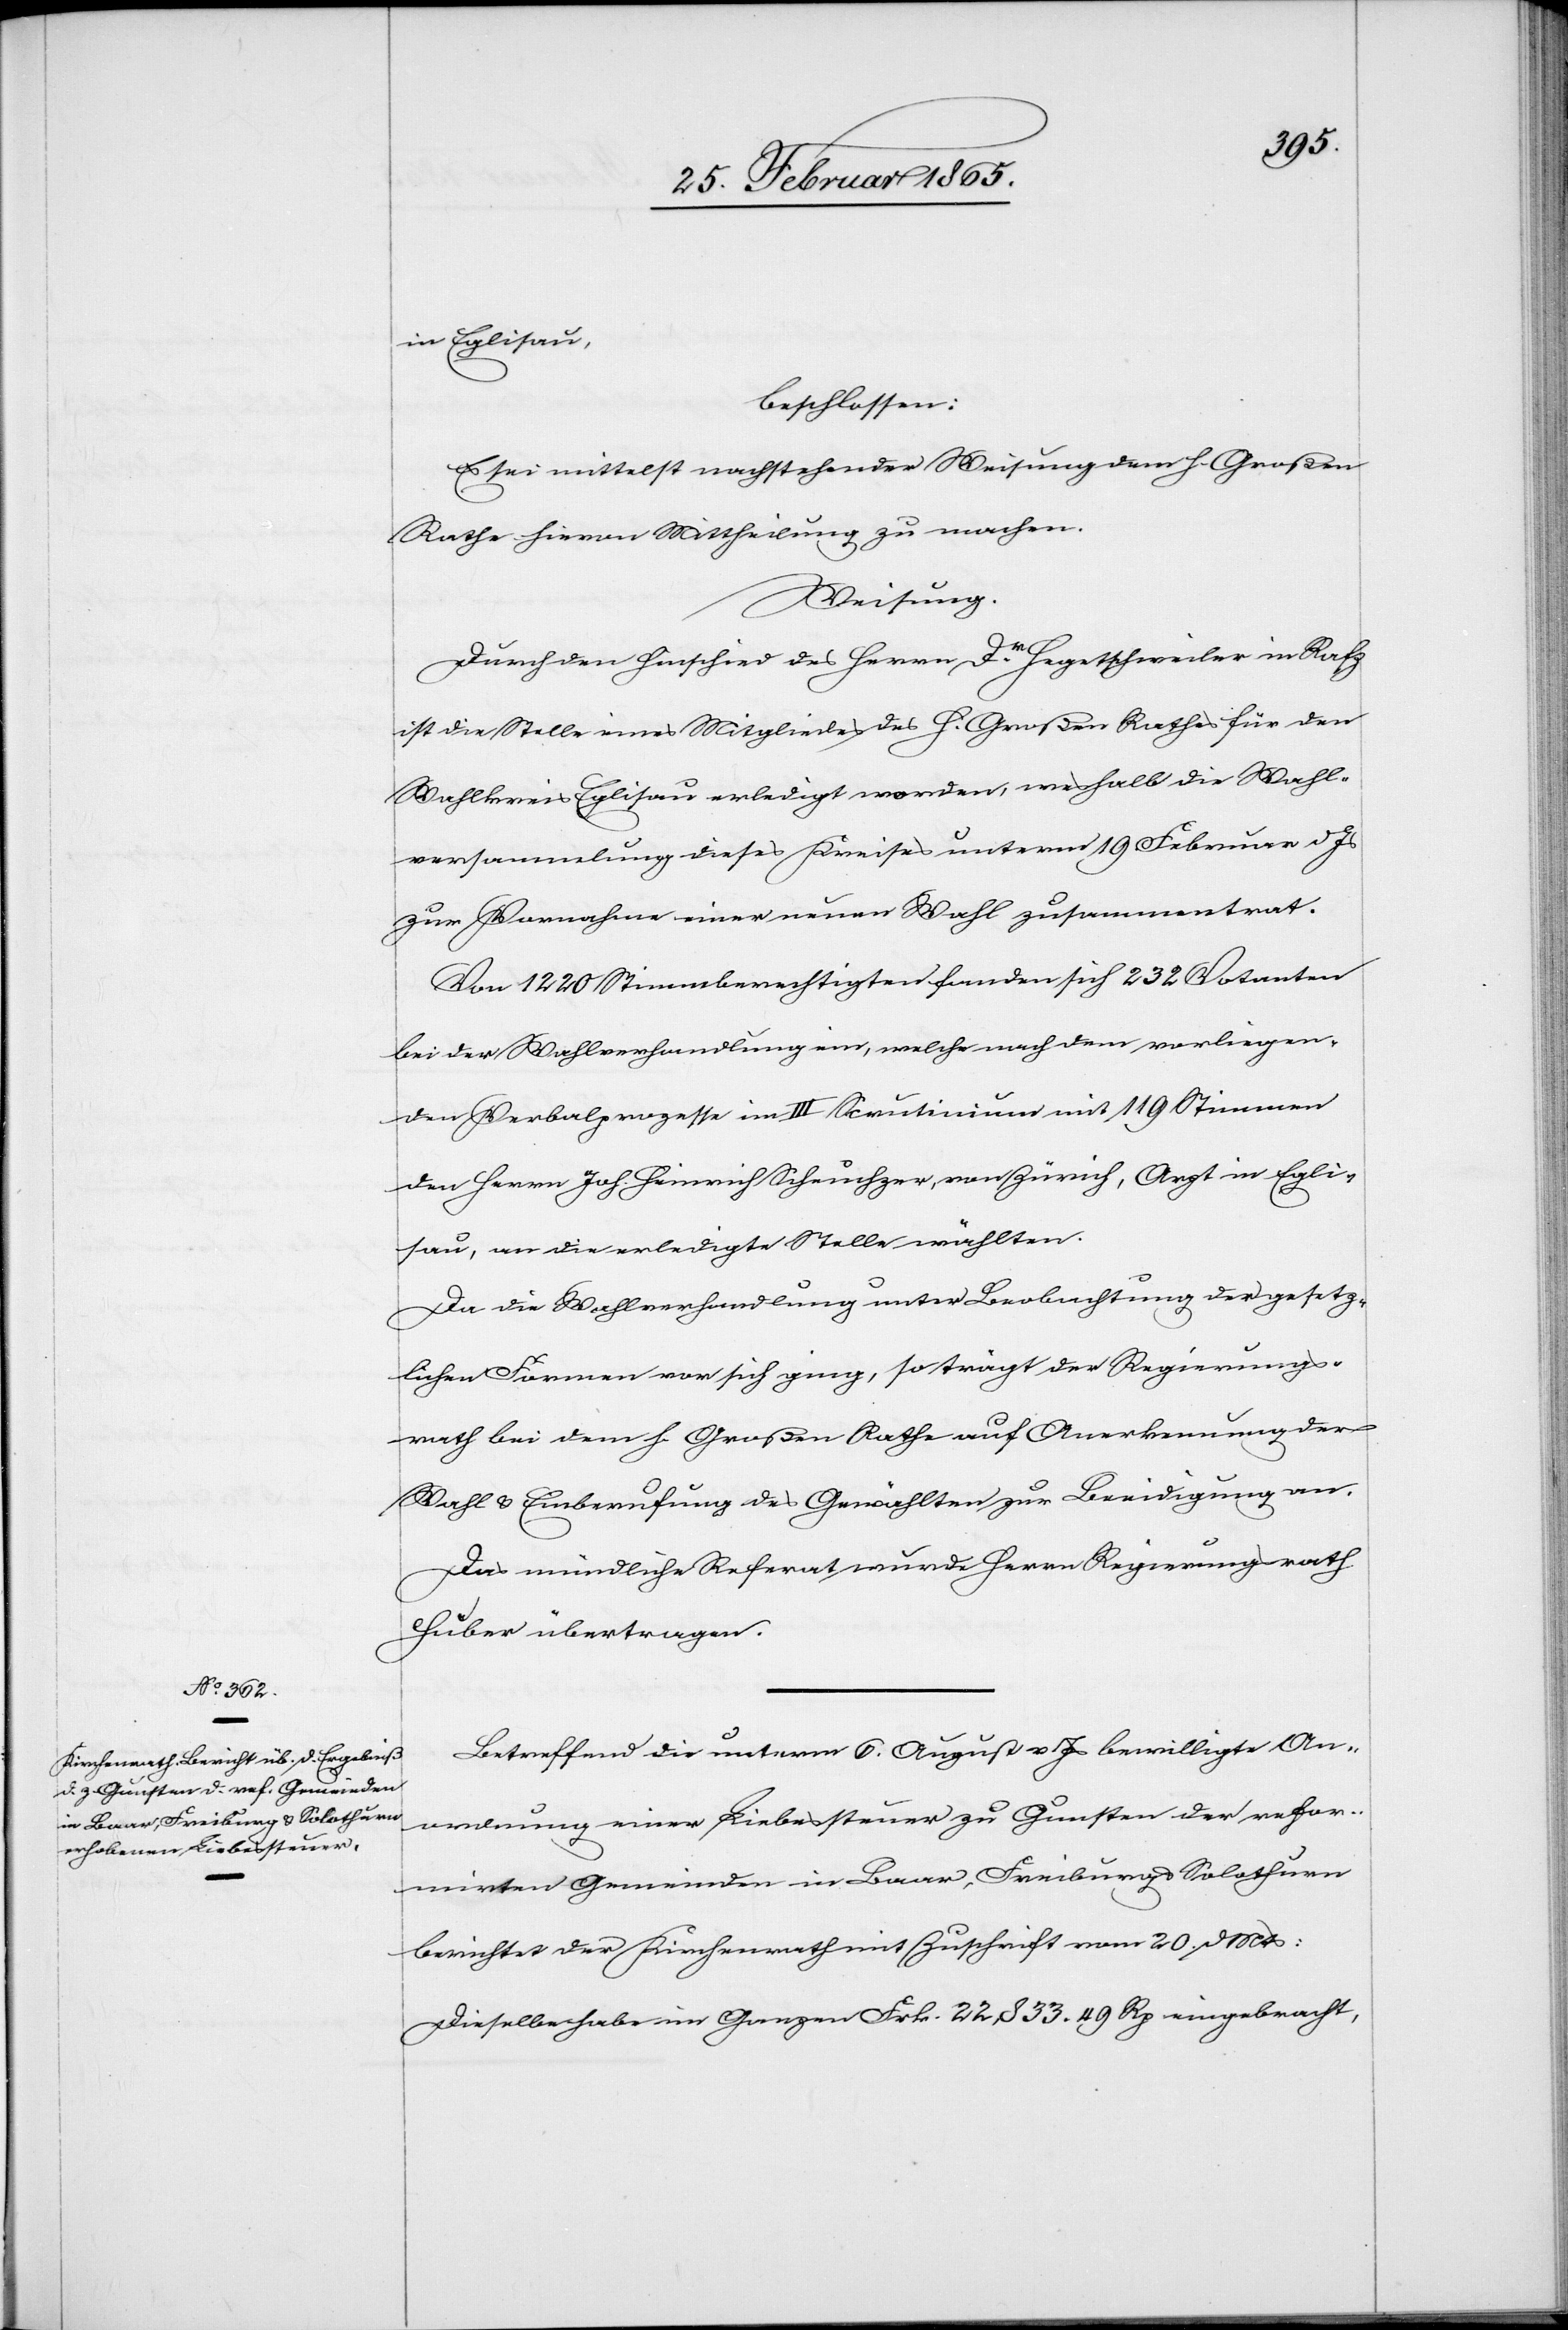
in Eglisau,
beschlossen:
Es sei mittelst nachstehender Weisung dem h. Großen
Rathe hievon Mittheilung zu machen.
Weisung.
Durch den Hinschied des Herrn Dr Hegetschweiler in Rafz
ist die Stelle eines Mitgliedes des h. Großen Rathes für den
Wahlkreis Eglisau erledigt worden, weshalb die Wahl¬
versammlung dieses Kreises unterm 19 Februar d Js.
zur Vornahme einer neuen Wahl zusammentrat:
Von 1220 Stimmberechtigten fanden sich 232 Votanten
bei der Wahlverhandlung ein, welche nach dem vorliegen¬
den Verbalprozesse im III Scrutinium mit 119 Stimmen
den Herrn Joh. Heinrich Scheuchzer, von Zürich, Arzt in Egli¬
sau, an die erledigte Stelle wählten.
Da die Wahlverhandlung unter Beobachtung der gesetz¬
lichen Formen vor sich ging, so trägt der Regierungs¬
rath bei dem h. Großen Rathe auf Anerkennung der
Wahl u. Einberufung des Gewählten zur Beeidigung an.
Das mündliche Referat wurde Herrn Regierungsrath
Huber übertragen.
Betreffend die unterm 6. August v. Js bewilligte An¬
ordnung einer Liebessteuer zu Gunsten der refor¬
mirten Gemeinden in Baar, Freiburg u. Solothurn
berichtet der Kirchenrath mit Zuschrift vom 20. d Mts:
Dieselbe habe im Ganzen Frk. 22,833. 49 Rp eingebracht,